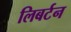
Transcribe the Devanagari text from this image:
लिबर्टन